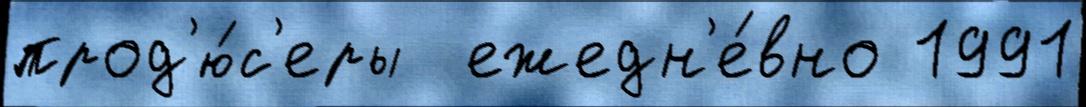
прод'ю́с'еры  ежедн'е́вно 1991